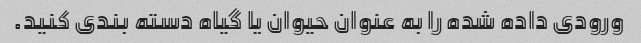
ورودی داده شده را به عنوان حیوان یا گیاه دسته بندی کنید.